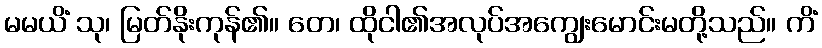
မမယိံ သု၊ မြတ်နိုးကုန်၏။ တေ၊ ထိုငါ၏အလုပ်အကျွေးမောင်းမတို့သည်။ ကိံ